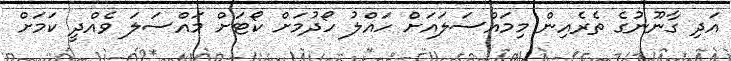
އަދި ގާނޫނުގެ ތެރެއިން މިމައްސަލައަށް ހައްލު ހޯދުމަށް ކޯޓަށް މައްސަލަ ވެއްދީ ކަމަށް